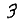
Digit: 3